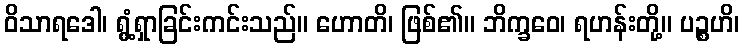
ဝိသာရဒေါ၊ ရွံ့ရှာခြင်းကင်းသည်။ ဟောတိ၊ ဖြစ်၏။ ဘိက္ခဝေ၊ ရဟန်းတို့။ ပဉ္စဟိ၊